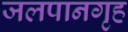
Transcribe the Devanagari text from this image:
जलपानगृह